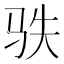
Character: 𩧭